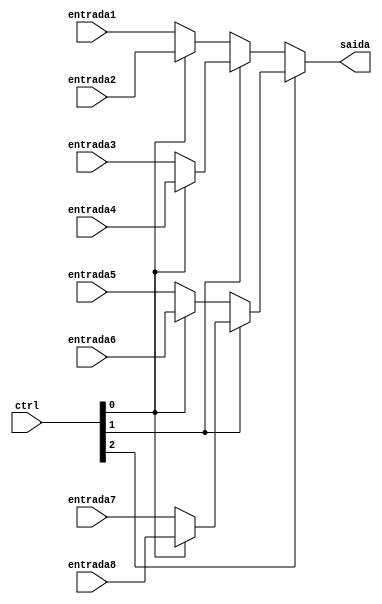
module mux8bit1p8(
input [7:0] entrada1, entrada2, entrada3, entrada4, entrada5, entrada6, entrada7, entrada8, 
input [2:0] ctrl,
output [7:0] saida
);
//

assign saida = ctrl[2]?ctrl[1]?ctrl[0]?entrada8:entrada7:
										 ctrl[0]?entrada6:entrada5:
							  ctrl[1]?ctrl[0]?entrada4:entrada3:
										 ctrl[0]?entrada2:entrada1;


endmodule